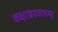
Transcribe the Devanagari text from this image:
कक्षाभ्रमणाच्या